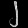
Digit: ၂